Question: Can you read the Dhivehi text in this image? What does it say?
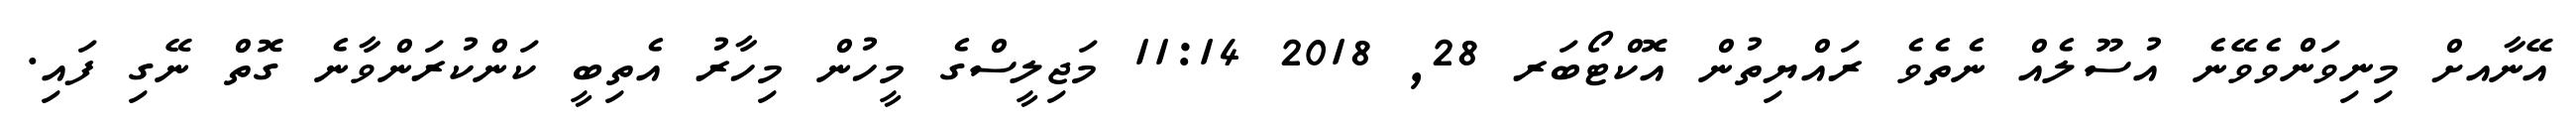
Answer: އޭނާއށް މިނިވަންވެވޭނެ އުސޫލެއް ނެތެވެ ރައްޔިތުން އޮކްޓޯބަރ 28, 2018 11:14 މަޖިލީސްގެ މީހުން މިހާރު އެތިބީ ކަންކުރަންވާނެ ގޮތް ނޭގި ފައި.